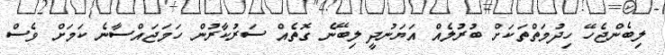
ލިބެންޖެހޭ ހިދުމަތްތަކަށް ބުރުލެއް އަޔަނުދީ ލިބޭނެ ގޮތެއް ސަރުކާރުން ހަމަޖައްސާނެ ކަމަށް ވެސް